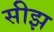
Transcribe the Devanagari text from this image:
सीझ